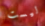
ليست